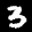
Label: 3